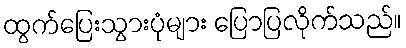
ထွက်ပြေးသွားပုံများ ပြောပြလိုက်သည်။